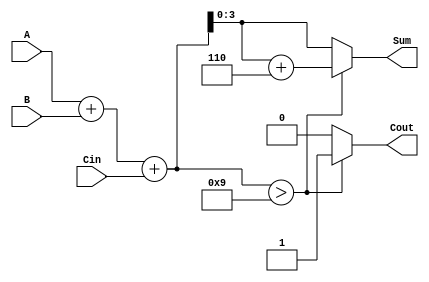
module BCD_Asynchronous_Adder (
    input  wire [3:0] A,    // First BCD digit
    input  wire [3:0] B,    // Second BCD digit
    input  wire Cin,         // Carry input
    output reg  [3:0] Sum,   // Resulting BCD digit
    output reg  Cout         // Carry output
);

// Intermediate signals
wire [4:0] binary_sum;     // 5-bit to hold the binary sum
wire correction_needed;     // Signal to check if correction is needed

// Step 1: Perform binary addition
assign binary_sum = A + B + Cin;

// Step 2: Determine if correction is needed
assign correction_needed = binary_sum > 9;

// Step 3: Apply BCD correction
always @(*) begin
    if (correction_needed) begin
        Sum = binary_sum + 5'b00110; // Add 6 to correct BCD
        Cout = 1'b1;                  // Generate carry out
    end else begin
        Sum = binary_sum[3:0];        // Use the lower 4 bits of binary sum
        Cout = 1'b0;                  // No carry out
    end
end

endmodule